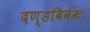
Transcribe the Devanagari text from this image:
दण्डविवेकः